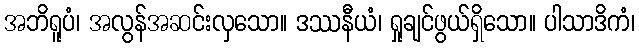
အဘိရူပံ၊ အလွန်အဆင်းလှသော။ ဒဿနီယံ၊ ရှုချင်ဖွယ်ရှိသော။ ပါသာဒိကံ၊